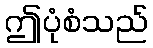
ဤပုံစံသည်